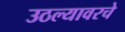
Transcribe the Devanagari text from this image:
उठल्यावरचे